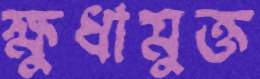
ক্ষুধামুক্ত